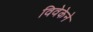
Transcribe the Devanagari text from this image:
विवेकेने